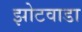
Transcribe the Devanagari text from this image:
झोटवाडा